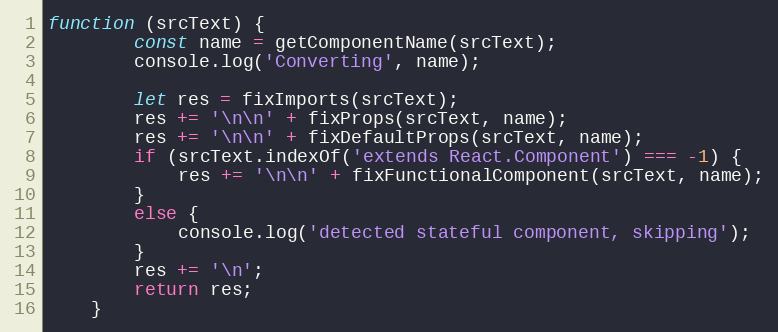
Language: JavaScript
function (srcText) {
        const name = getComponentName(srcText);
        console.log('Converting', name);

        let res = fixImports(srcText);
        res += '\n\n' + fixProps(srcText, name);
        res += '\n\n' + fixDefaultProps(srcText, name);
        if (srcText.indexOf('extends React.Component') === -1) {
            res += '\n\n' + fixFunctionalComponent(srcText, name);
        }
        else {
            console.log('detected stateful component, skipping');
        }
        res += '\n';
        return res;
    }